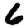
Digit: 6